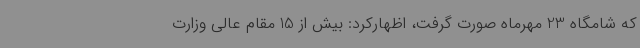
که شامگاه 23 مهرماه صورت گرفت، اظهارکرد: بیش از 15 مقام عالی وزارت